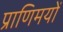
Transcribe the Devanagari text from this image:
प्राणिमयों